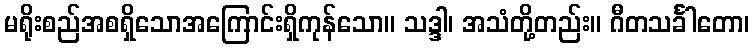
မရိုးစည်အစရှိသောအကြောင်းရှိကုန်သော။ သဒ္ဒါ၊ အသံတို့တည်း။ ဂီတသင်္ခါတော၊